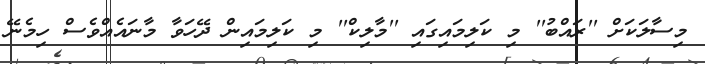
މިސާލަކަށް ''ރައްބު'' މި ކަލިމައިގައި ''މާލިކް'' މި ކަލިމައިން ދޭހަވާ މާނައެއްވެސް ހިމެނޭ